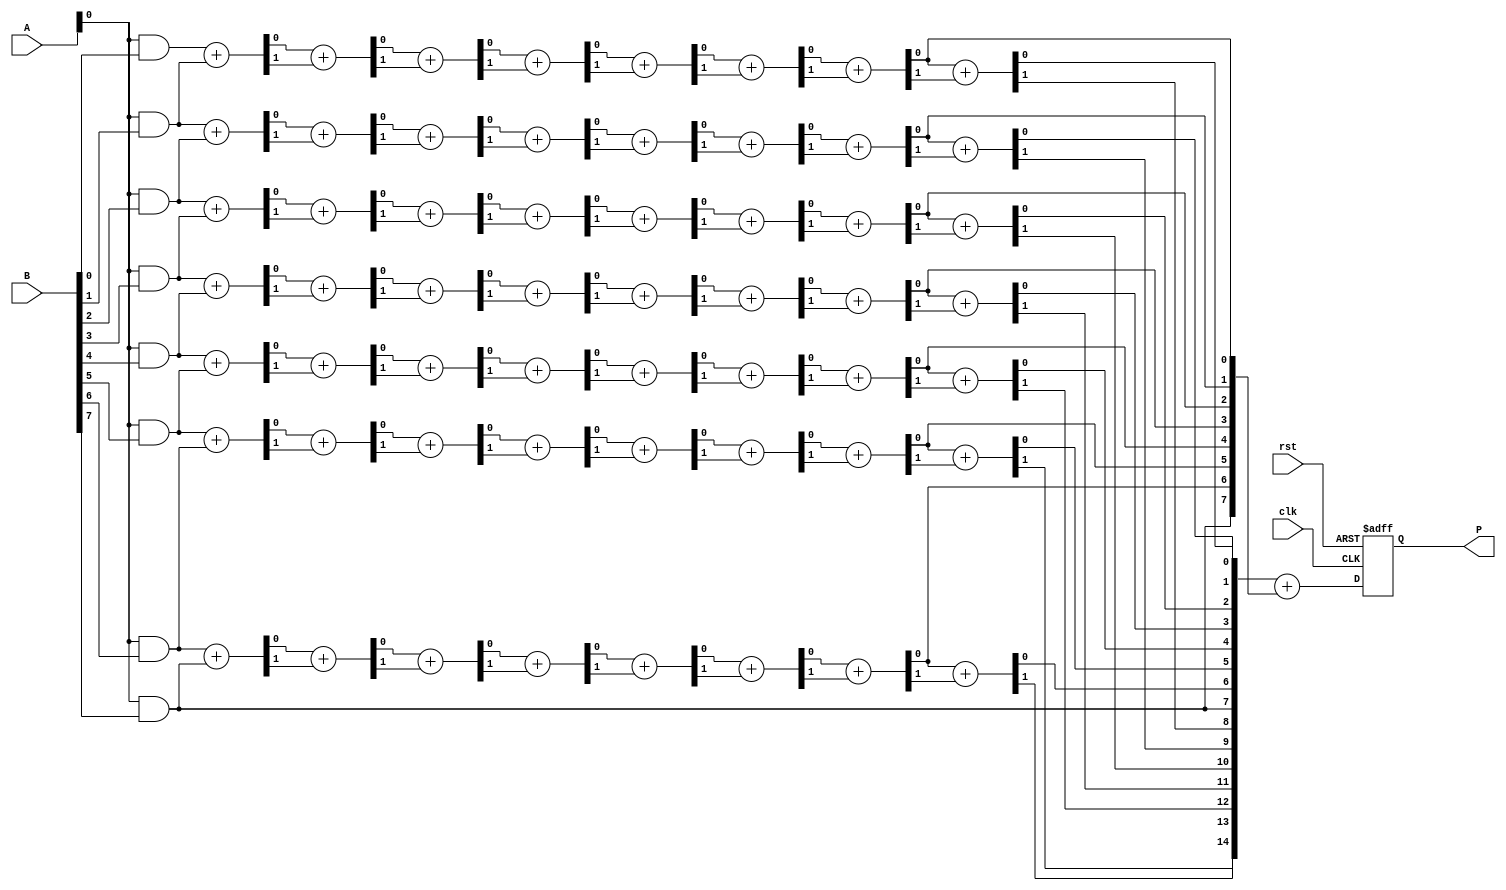
module wallace_tree_multiplier #(parameter N = 8) (
    input  wire [N-1:0] A,      // Multiplicand
    input  wire [N-1:0] B,      // Multiplier
    input  wire clk,             // Clock signal
    input  wire rst,             // Reset signal
    output reg [2*N-1:0] P       // Product output
);

    // Partial product generation
    wire [N-1:0] pp [0:N-1]; // Partial products
    genvar i;
    generate
        for (i = 0; i < N; i = i + 1) begin : pp_gen
            assign pp[i] = A & {N{B[i]}}; // AND operation for partial product
        end
    endgenerate

    // Wallace tree reduction
    wire [N-1:0] sum [0:N-1]; // Sums of the bits
    wire [N-1:0] carry [0:N-1]; // Carries of the bits

    // First layer of reduction using half adders and full adders
    genvar j, k;
    generate
        for (j = 0; j < N; j = j + 1) begin : reduction_layer
            if (j == 0) begin
                // First layer: Half adders and full adders
                for (k = 0; k < N; k = k + 1) begin
                    if (k < N-1) begin
                        assign {carry[j][k], sum[j][k]} = pp[k][j] + pp[k+1][j];
                    end else begin
                        assign sum[j][k] = pp[k][j];
                        assign carry[j][k] = 1'b0;
                    end
                end
            end else begin
                // Subsequent layers
                for (k = 0; k < N; k = k + 1) begin
                    if (k < N-1) begin
                        assign {carry[j][k], sum[j][k]} = sum[j-1][k] + carry[j-1][k];
                    end else begin
                        assign sum[j][k] = sum[j-1][k];
                        assign carry[j][k] = 1'b0;
                    end
                end
            end
        end
    endgenerate

    // Final addition of the last two rows
    wire [2*N-1:0] final_sum;
    wire [2*N-1:0] final_carry;

    assign final_sum = {carry[N-1], sum[N-1]} + {1'b0, sum[N-2]};

    // Output assignment
    always @(posedge clk or posedge rst) begin
        if (rst) begin
            P <= 0;
        end else begin
            P <= final_sum;
        end
    end

endmodule